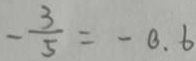
- \frac { 3 } { 5 } = - 0 . 6